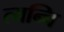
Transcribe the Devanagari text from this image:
त्यन्चि